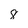
Character: 8